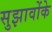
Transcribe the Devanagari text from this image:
सुझावोंके